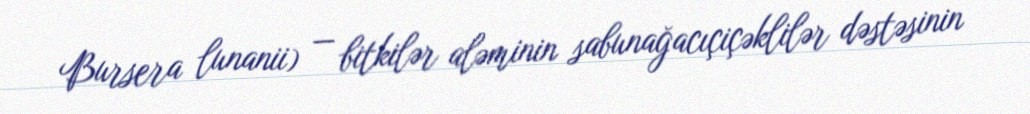
Bursera lunanii) — bitkilər aləminin sabunağacıçiçəklilər dəstəsinin